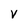
Character: V